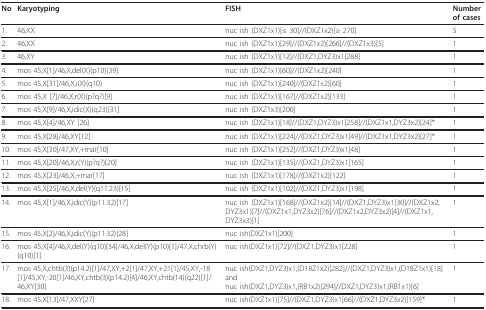
<table><thead><tr><td><b>No</b></td><td><b>Karyotyping</b></td><td><b>FISH</b></td><td><b>Number of cases</b></td></tr></thead><tbody><tr><td>1.</td><td>46,XX</td><td>nuc ish (DXZ1x1)[≤ 30]//(DXZ1x2)[≥ 270]</td><td>5</td></tr><tr><td>2.</td><td>46,XX</td><td>nuc ish (DXZ1x1)[29]//(DXZ1x2)[266]//(DXZ1x3)[5]</td><td>1</td></tr><tr><td>3.</td><td>46,XY</td><td>nuc ish (DXZ1x1)[12]//(DXZ1,DYZ3)x1[288]</td><td>1</td></tr><tr><td>4.</td><td>mos 45,X[1]/46,X,del(X)(p10)[39]</td><td>nuc ish (DXZ1x1)[60]//(DXZ1x2)[240]</td><td>1</td></tr><tr><td>5.</td><td>mos 45,X[31]/46,X,i(X)(q10)</td><td>nuc ish (DXZ1x1)[240]//(DXZ1x2)[60]</td><td>1</td></tr><tr><td>6.</td><td>mos 45,X [7]/46,X,r(X)(p?q?)[9]</td><td>nuc ish (DXZ1x1)[167]//(DXZ1x2)[133]</td><td>1</td></tr><tr><td>7.</td><td>mos 45,X[9]/46,X,idic(X)(q23)[31]</td><td>nuc ish (DXZ1x3)[200]</td><td>1</td></tr><tr><td>8.</td><td>mos 45,X[4]/46,XY [26]</td><td>nuc ish (DXZ1x1)[18]//(DXZ1,DYZ3)x1[258]//(DXZ1x1,DYZ3x2)[24]*</td><td>1</td></tr><tr><td>9.</td><td>mos 45,X[28]/46,XY[12]</td><td>nuc ish (DXZ1x1)[224]//(DXZ1,DYZ3)x1[49]//(DXZ1x1,DYZ3x2)[27]*</td><td>1</td></tr><tr><td>10.</td><td>mos 45,X[30]/47,XY,+mar[10]</td><td>nuc ish (DXZ1x1)[252]//(DXZ1,DYZ3)x1[48]</td><td>1</td></tr><tr><td>11.</td><td>mos 45,X[20]/46,X,r(Y)(p?q?)[20]</td><td>nuc ish (DXZ1x1)[135]//(DXZ1,DYZ3)x1[165]</td><td>1</td></tr><tr><td>12.</td><td>mos 45,X[23]/46,X,+mar[17]</td><td>nuc ish (DXZ1x1)[178]//(DXZ1x2)[122]</td><td>1</td></tr><tr><td>13.</td><td>mos 45,X[25]/46,X,del(Y)(q11.23)[15]</td><td>nuc ish (DXZ1x1)[102]//(DXZ1,DYZ3)x1[198]</td><td>1</td></tr><tr><td>14.</td><td>mos 45,X[1]/46,X,idic(Y)(p11.32)[17]</td><td>nuc ish (DXZ1x1)[168]//(DXZ1x2)[14]//(DXZ1,DYZ3)x1[30]//(DXZ1x2,DYZ3x1)[7]//(DXZ1x1,DYZ3x2)[76]//(DXZ1x2,DYZ3x2)[4]//(DXZ1x1,DYZ3x3)[1]</td><td>1</td></tr><tr><td>15.</td><td>mos 45,X[2]/46,X,idic(Y)(p11.32)[28]</td><td>nuc ish(DXZ1x1)[200]</td><td>1</td></tr><tr><td>16.</td><td>mos 45,X[4]/46,X,del(Y)(q10)[34]/46,X,del(Y)(p10)[1]/47,X,chrb(Y)(q10)[1]</td><td>nuc ish(DXZ1x1)[72]//(DXZ1,DYZ3)x1[228]</td><td>1</td></tr><tr><td>17.</td><td>mos 45,X,chtb(3)(p14.2)[1]/47,XY,+2[1]/47,XY,+21[1]/45,XY,-18[1]/45,XY,-20[1]/46,XY,chtb(3)(p14.2)[4]/46,XY,chtb(14)(q22)[1]/46,XY[30]</td><td>nuc ish(DXZ1,DYZ3)x1,(D18Z1x2)[282]//(DXZ1,DYZ3)x1,(D18Z1x1)[18]andnuc ish(DXZ1,DYZ3)x1,(RB1x2)[294]//DXZ1,DYZ3)x1,(RB1x1)[6]</td><td>1</td></tr><tr><td>18.</td><td>mos 45,X[13]/47,XXY[27]</td><td>nuc ish(DXZ1x1)[75]//(DXZ1,DYZ3)x1[66]//(DXZ1,DYZ3x2)[159]*</td><td>1</td></tr></tbody></table>